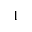
^ 1